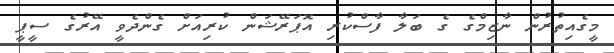
މީގެއިތުރުން ނާޒިމްގެ ގެ ބަލާ ފާސްކުރި އޮޕަރޭޝަން ކުރިއަށް ގެންދެވީ އޭރުގެ ސީޕީ